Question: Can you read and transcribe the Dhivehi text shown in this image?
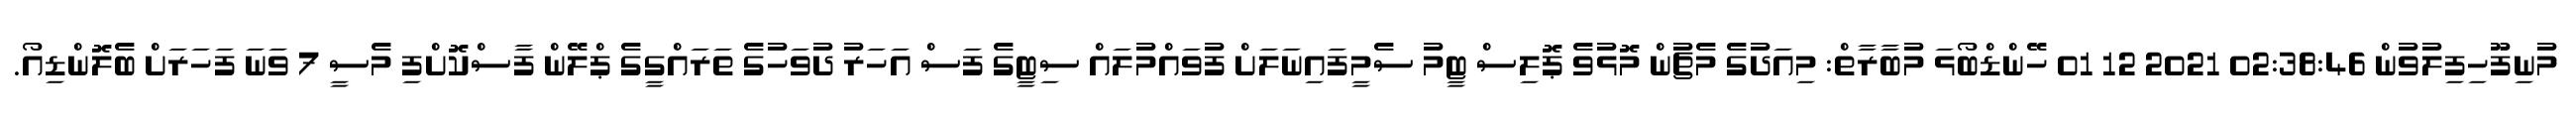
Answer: މުނިފޫހިފިލުވުން 02:38:46 2021 12 01 ހޭންޑްބޯޅަ މުބާރާތް: މިއަދުގެ މެޗުން މޮޅުވެ ޕޮލިސް ޓީމު ސެމީފައިނަލަށް ފުވައްމުލައް ސިޓީގެ ފަސް އަހަރު ދުވަހުގެ ތަރައްގީގެ ޕްލޭން ފާސްކޮށްފި މެސީ 7 ވަނަ ފަހަރަށް ބެލޮންޑިއޯ.